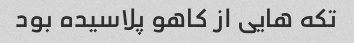
تکه هایی از کاهو پلاسیده بود